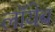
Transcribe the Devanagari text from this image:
लाॅयेब